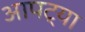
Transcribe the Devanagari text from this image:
आपट्या